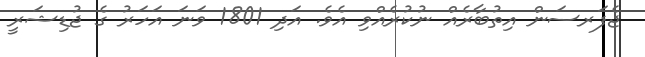
ޖެފަރސަން އިތުބާރެއް ނުކުރެއްވި އެވެ. އަދި 1801 ވަނަ އަހަރު ގެ ޖުޑިޝަރީ